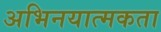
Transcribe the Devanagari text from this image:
अभिनयात्मकता